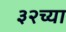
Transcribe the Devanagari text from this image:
३२च्या